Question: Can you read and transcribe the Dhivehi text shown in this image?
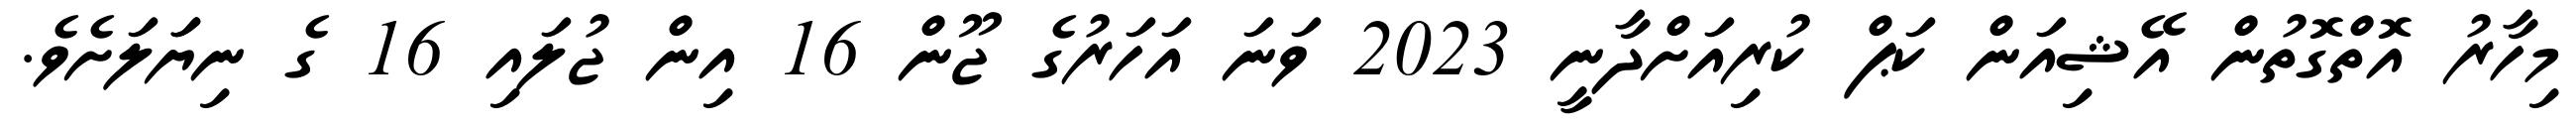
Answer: މިހާރު އޮތްގޮތުން އޭޝިއަން ކަޕް ކުރިއަށްދާނީ 2023 ވަނަ އަހަރުގެ ޖޫން 16 އިން ޖުލައި 16 ގެ ނިޔަަލަށެވެ.